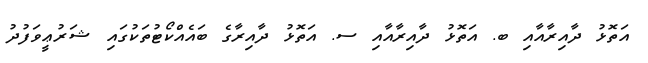
އަތޮޅު ދާއިރާއާއި ބ. އަތޮޅު ދާއިރާއާއި ސ. އަތޮޅު ދާއިރާގެ ބައެއްކޯޓުތަކުގައި ޝަރުޢީވަފުދު